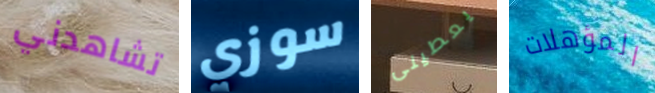
تشاهدني سوزي يعطينى المؤهلات